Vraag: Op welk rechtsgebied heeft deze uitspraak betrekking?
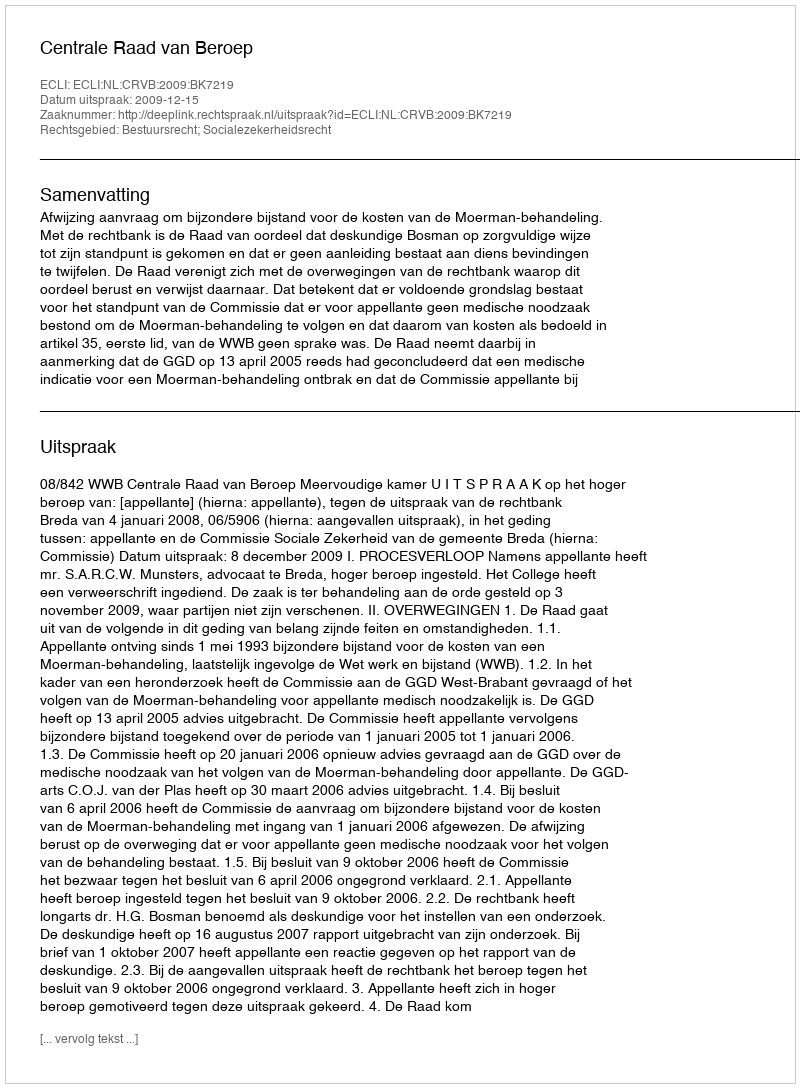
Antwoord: Bestuursrecht; Socialezekerheidsrecht